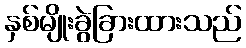
နှစ်မျိုးခွဲခြားထားသည်